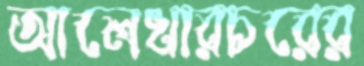
আলেখারচরের